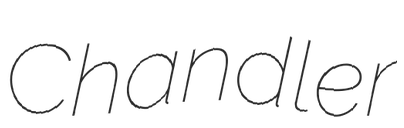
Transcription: Chandler